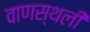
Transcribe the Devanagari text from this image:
वाणस्थली